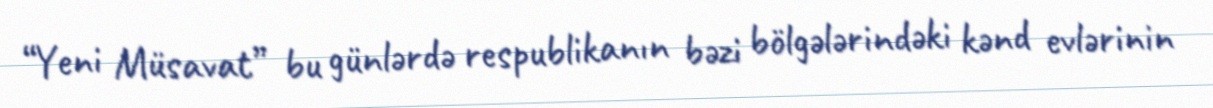
“Yeni Müsavat” bu günlərdə respublikanın bəzi bölgələrindəki kənd evlərinin